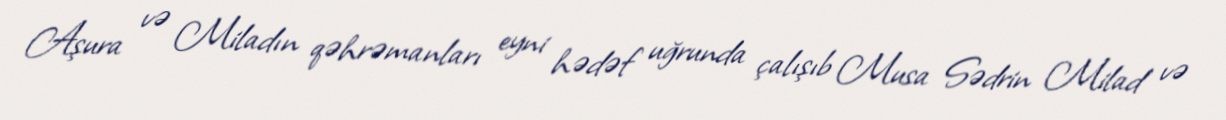
Aşura və Miladın qəhrəmanları eyni hədəf uğrunda çalışıb Musa Sədrin Milad və